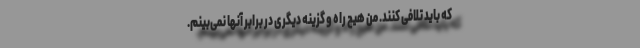
که باید تلافی کنند. من هیچ راه و گزینه دیگری در برابر آنها نمی‌بینم.